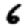
Digit: 6